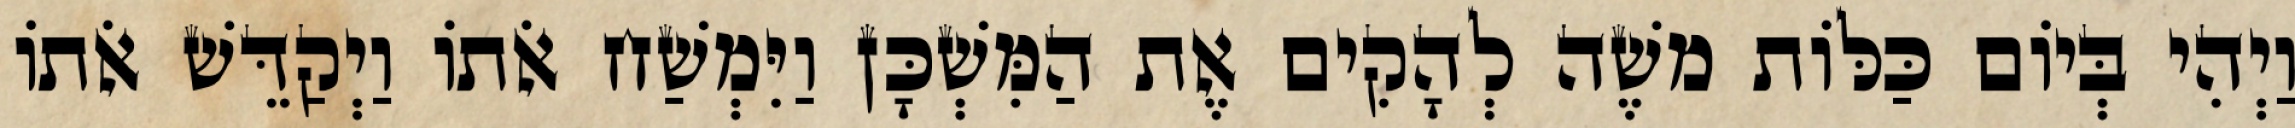
וַיְהִי בְּיוֹם כַּלּוֹת משֶׁה לְהָקִים אֶת הַמִּשְׁכָּן וַיִּמְשַׁח אֹתוֹ וַיְקַדֵּשׁ אֹתוֹ